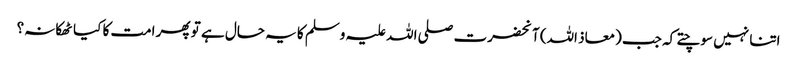
اتنا نہیں سوچتے کہ جب (معاذ اللہ) آنحضرت صلی اللہ علیہ وسلم کا یہ حال ہے تو پھر امت کا کیا ٹھکانہ؟